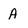
Character: A